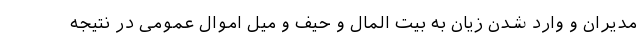
مدیران و وارد شدن زیان به بیت المال و حیف و میل اموال عمومی در نتیجه